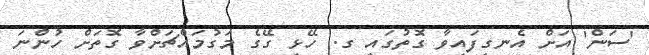
'ސަން' އަށް އެނގިފައިވާ ގޮތުގައި ގ. ހޭޅި ގޭގެ މަގުމައްޗަށްވާ ގޮތަށް ހުންނަ